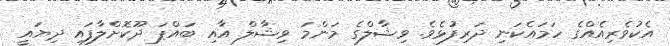
އެކުވެރިއެއްގެ ހަމައެކަނި ދަރިފުޅެވެ. ވިޝާލްގެ މަންމަ ވިޝާލް އާއި ބައްޕަ ދޫކޮށްލާފައި ދިޔައީ